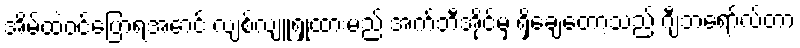
အိမ်ထဲဝင်ပြောရအောင် လျစ်လျူရှုထားမည် အက်ဘီအိုင်မှ ရှိချေတော့သည် ဂျီဘရော်လ်တာ